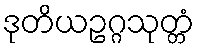
ဒုတိယဥဂ္ဂသုတ္တံ